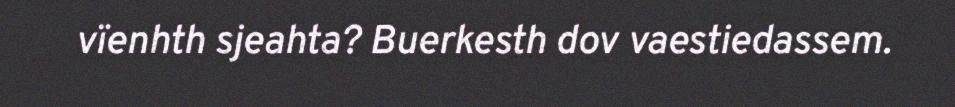
vïenhth sjeahta? Buerkesth dov vaestiedassem.